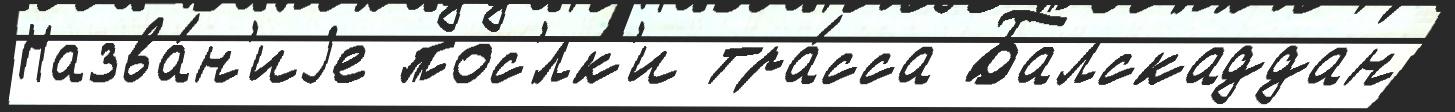
Назва́н'иjе пос'́лк'и тра́сса Балскаддан